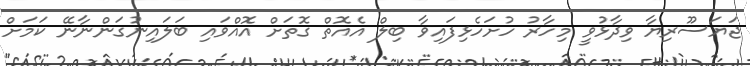
ޖަޔަސޫރިޔާ ވިދާޅުވީ މިހާރު ހުށަހެޅިފައިވާ ބިލް އެއޮތް ގޮތަށް އޮއްވައި ބަލައިނުގަންނާނޭ ކަމަށް